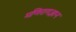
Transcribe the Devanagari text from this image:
मणिरागज्ञान